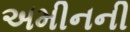
અમીનની